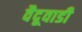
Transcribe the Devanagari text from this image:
वैदूवाडी